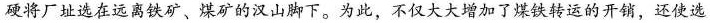
硬将厂址选在远离铁矿、煤矿的汉山脚下。为此，不仅大大增加了煤铁转运的开销，还使选